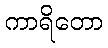
ကာရိတော